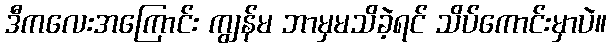
ဒီကလေးအကြောင်း ကျွန်မ ဘာမှမသိခဲ့ရင် သိပ်ကောင်းမှာပဲ။